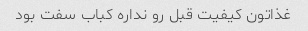
غذاتون کیفیت قبل رو نداره کباب سفت بود